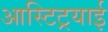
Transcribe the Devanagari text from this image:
आस्टिट्रयाई